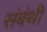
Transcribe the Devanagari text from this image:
संबंथी